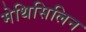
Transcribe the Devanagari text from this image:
मेथिसिलिन